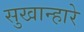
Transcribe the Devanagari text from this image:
सुखान्हारे